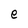
Character: e